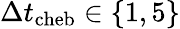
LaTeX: \Delta t_{\mathrm{cheb}}\in\{ 1,5\}